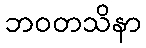
ဘဝတသိနာ